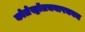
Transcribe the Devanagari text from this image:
कोलेस्ट्रॉलचयापचयज